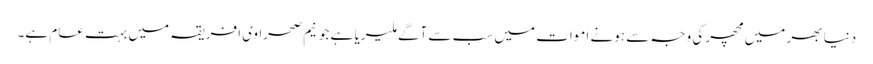
دنیا بھر میں مچھر کی وجہ سے ہونے اموات میں سب سے آگے ملیریا ہے جو نیم صحراوی افریقہ میں بہت عام ہے۔